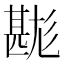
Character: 𤯉